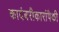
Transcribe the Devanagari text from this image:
कादंबरीकारांपैकी